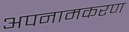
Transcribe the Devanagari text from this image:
अपनामकरण